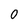
Character: 0